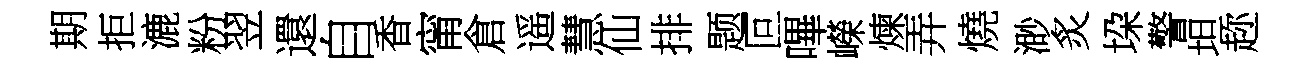
期拒漉粉翌還自香甯倉遥慧仙排题叵嗶嶸煉弄燒渺炙垜警坦趂